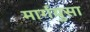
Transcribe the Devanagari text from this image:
मार्गयुसा